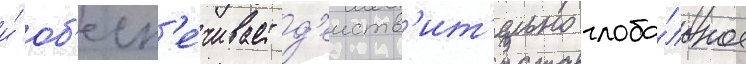
и́ об'есп'е́чивает д'еиств'ит'ельно глоба́льное